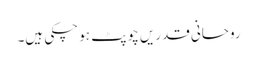
روحانی قدریں چوپٹ ہو چکی ہیں۔